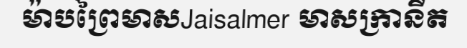
ម៉ាបព្រៃមាសJaisalmer មាសក្រានីត